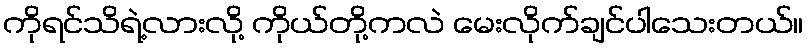
ကိုရင်သိရဲ့လားလို့ ကိုယ်တို့ကလဲ မေးလိုက်ချင်ပါသေးတယ်။